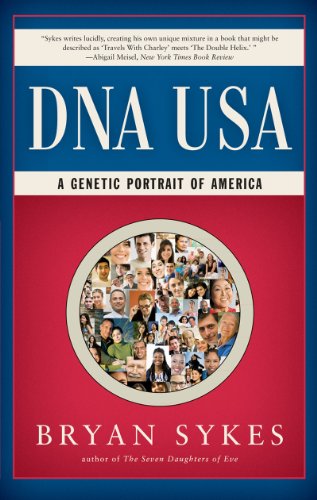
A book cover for DNA USA: A Genetic Portrait of America; Bryan Sykes; Politics & Social Sciences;